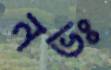
নভঃ